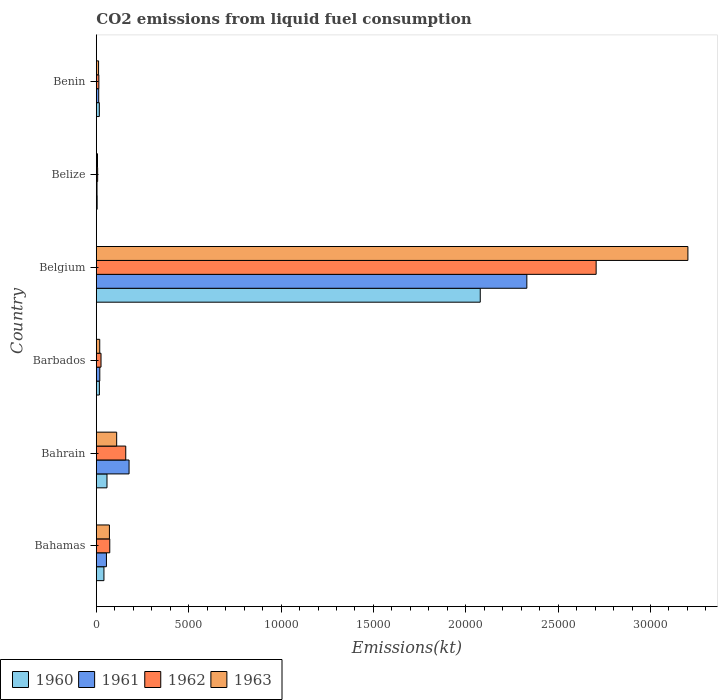
| Country | 1960 | 1961 | 1962 | 1963 |
 | --- | --- | --- | --- | --- |
 | Bahamas | 411 | 546 | 726 | 708 |
 | Bahrain | 576 | 1.77e+03 | 1.59e+03 | 1.1e+03 |
 | Barbados | 165 | 187 | 253 | 183 |
 | Belgium | 2.08e+04 | 2.33e+04 | 2.71e+04 | 3.2e+04 |
 | Belize | 44 | 36.7 | 69.7 | 62.3 |
 | Benin | 161 | 128 | 136 | 121 |